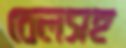
বেলসহ